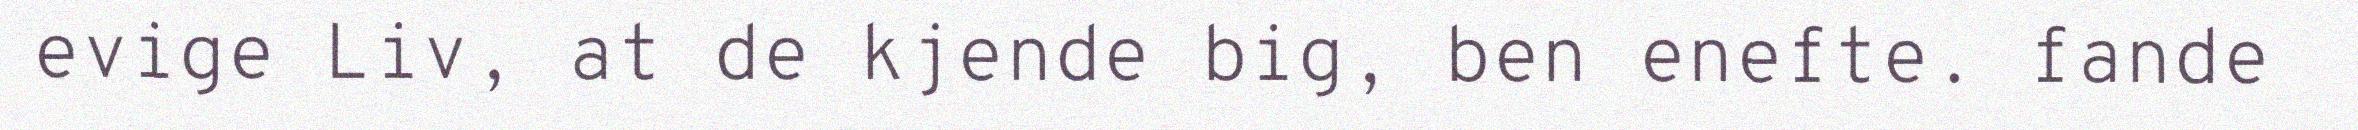
evige Liv, at de kjende big, ben enefte. fande